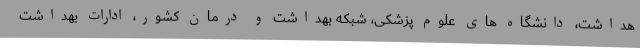
هداشت، دانشگاه های علوم پزشکی، شبکه بهداشت و درمان کشور، ادارات بهداشت